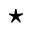
\star